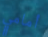
أمامي